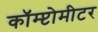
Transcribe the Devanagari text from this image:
कॉम्प्टोमीटर